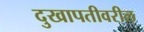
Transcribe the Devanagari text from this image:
दुखापतीवरील